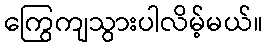
ကြွေကျသွားပါလိမ့်မယ်။